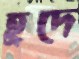
হ্রদে